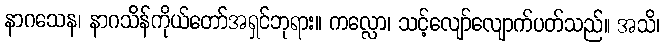
နာဂသေန၊ နာဂသိန်ကိုယ်တော်အရှင်ဘုရား။ ကလ္လော၊ သင့်လျော်လျောက်ပတ်သည်။ အသိ၊